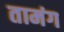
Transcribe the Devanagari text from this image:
तामंग